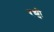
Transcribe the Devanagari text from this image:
रझ्वी